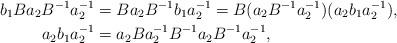
LaTeX: \begin{align*}b_1 B a_2 B^{-1} a_2^{-1}&\stackrel{}{=} B a_2 B^{-1} b_1 a_2^{-1} = B (a_2 B^{-1} a_2^{-1} ) ( a_2 b_1 a_2^{-1} ), \;\\a_2 b_1 a_2^{-1} &= a_2 B a_2^{-1} B^{-1} a_2 B^{-1} a_2^{-1},\end{align*}